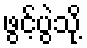
ဖွင့်ပွဲသို့